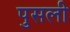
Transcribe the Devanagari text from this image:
पुसली